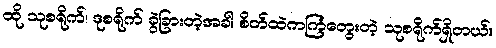
ထို သုစရိုက်၊ ဒုစရိုက် ခွဲခြားတဲ့အခါ စိတ်ထဲကကြံတွေးတဲ့ သုစရိုက်ရှိတယ်။